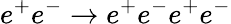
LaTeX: e^{+}e^{-}\rightarrow e^{+}e^{-}e^{+}e^{-}